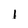
Character: 1